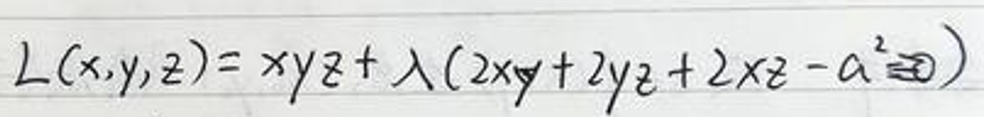
\[ L(x,y,z)=xyz+\lambda(2xy + 2yz+2xz - a^{2}) \]